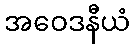
အဝေဒနီယံ